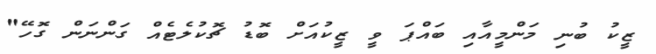
ޒީކު ބުނި މަންމީއާއި ބައްޕަ ވީ ޒީކުއަށް ބޮޑު ޗޮކުލެޓެއް ގަންނަން ގޮހޭ"